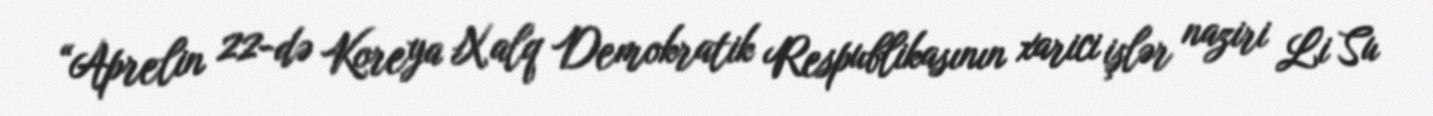
“Aprelin 22-də Koreya Xalq Demokratik Respublikasının xarici işlər naziri Li Su